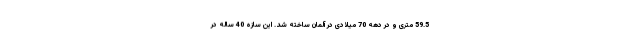
59.5 متری و در دهه 70 میلادی در آلمان ساخته شد. این سازه 40 ساله در